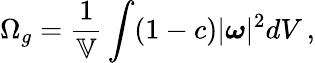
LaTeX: \Omega_{g}=\frac{1}{\mathbb{V}}\int(1-c)|\boldsymbol{\omega}|^{2}dV\, ,